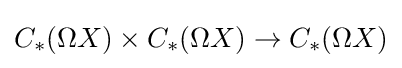
C_{*}(\Omega X)\times C_{*}(\Omega X)\rightarrow C_{*}(\Omega X)